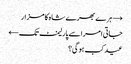
→ ہرے بھرے شاہ کا مزار
جاتی امرا سے پارلیمنٹ تک ←
عید کب ہوگی؟